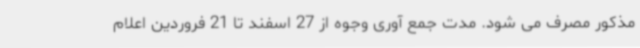
مذکور مصرف می شود. مدت جمع آوری وجوه از 27 اسفند تا 21 فروردین اعلام